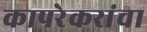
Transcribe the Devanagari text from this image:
कापरेकरांचा